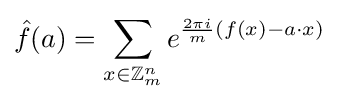
{\hat {f}}(a)=\sum _{x\in \mathbb {Z} _{m}^{n}}e^{{\frac {2\pi i}{m}}(f(x)-a\cdot x)}